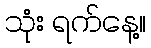
သုံး ရက်နေ့။